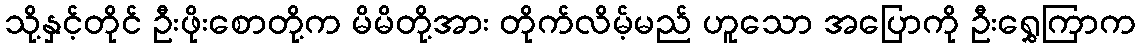
သို့နှင့်တိုင် ဦးဖိုးစောတို့က မိမိတို့အား တိုက်လိမ့်မည် ဟူသော အပြောကို ဦးရွှေကြာက